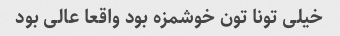
خیلی تونا تون خوشمزه بود واقعا عالی بود